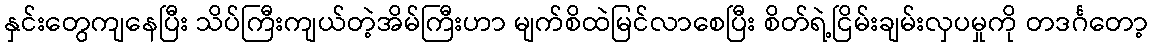
နှင်းတွေကျနေပြီး သိပ်ကြီးကျယ်တဲ့အိမ်ကြီးဟာ မျက်စိထဲမြင်လာစေပြီး စိတ်ရဲ့ငြိမ်းချမ်းလှပမှုကို တဒင်္ဂတော့